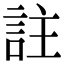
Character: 註